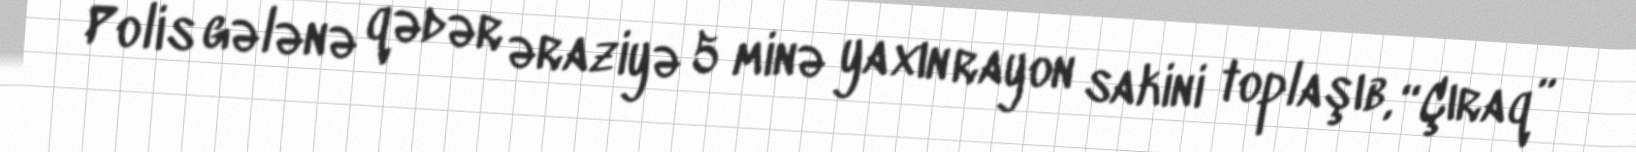
Polis gələnə qədər əraziyə 5 minə yaxın rayon sakini toplaşıb, “Çıraq”